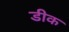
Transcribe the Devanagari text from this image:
डीक